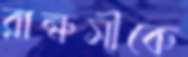
রাক্ষসীকে